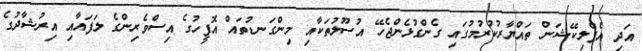
އަދި އެޕްލިކޭޝަން ތައްޔާރުކުރުމުގައި ގެންގުޅެންޖެހޭ އުސޫލުތަކާއި މިންގަނޑުތައް އޮފީހުގެ އިސްވެރިންގެ ލަފައާއި އިރުޝާދުގެ